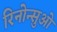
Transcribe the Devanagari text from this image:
रिनोन्सुओ